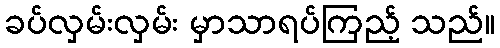
ခပ်လှမ်းလှမ်း မှာသာရပ်ကြည့် သည်။